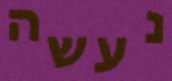
נעשה